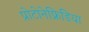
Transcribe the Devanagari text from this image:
प्रोटोनेफ्रिडिया